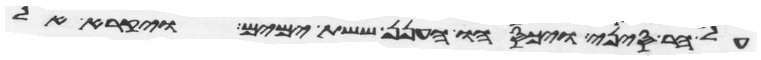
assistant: על הר סיני ויכסהו הענן ששת ימים ויקרא אל